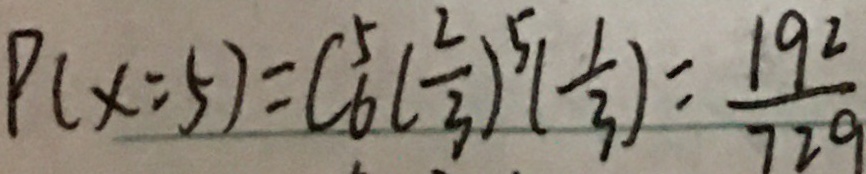
P ( x = 5 ) = C _ { 6 } ^ { 5 } ( \frac { 2 } { 3 } ) ^ { 5 } ( \frac { 1 } { 3 } ) = \frac { 1 9 2 } { 7 2 9 }